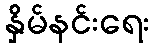
နှိမ်နင်းရေး